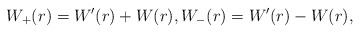
\begin{align*} W_+(r) = W'(r) + W(r), W_-(r) = W'(r) - W(r), \end{align*}